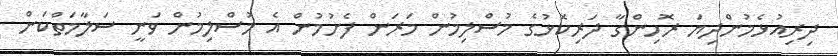
ދިރިއުޅެމުންދިޔަ ރޮހިންގާ ދަރިކޮޅުގެ މުސްލިމުން މަރަން ފެށުމުން އެ މުސްލިމުން ވަނީ ސަލާމަތްކަން